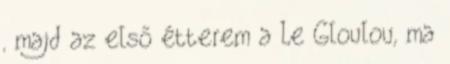
, majd az első étterem a Le Gloulou, ma